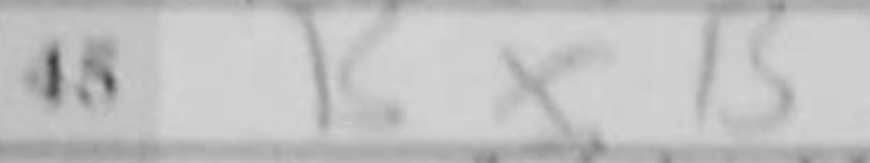
Transcription: BxB